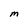
Character: M